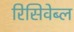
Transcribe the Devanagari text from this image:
रिसिवेब्ल